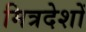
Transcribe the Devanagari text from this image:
मित्रदेशों